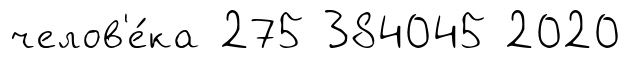
челов'е́ка 275 384045 2020